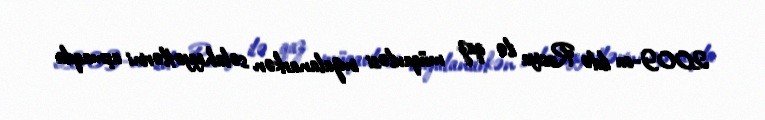
2009-cu ildə Rusiya ilə qaz müqaviləsi imzalanarkən səlahiyyətlərini aşmaqda